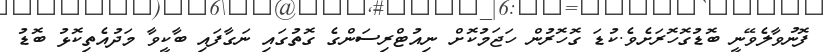
ފޮނުވާލެވޭނީ ބޮޑުގޮހޮރަށެވެ.ކުޑަ ގޮހޮރުން ހަޖަމުކޮށް ނިއުޓްރިސަންގެ ގޮތުގައި ނަގާފައި ބާކީވާ މަދުއެތިކޮޅު ބޮޑު